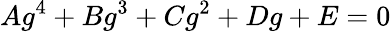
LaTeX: Ag^{4}+Bg^{3}+Cg^{2}+Dg+E=0